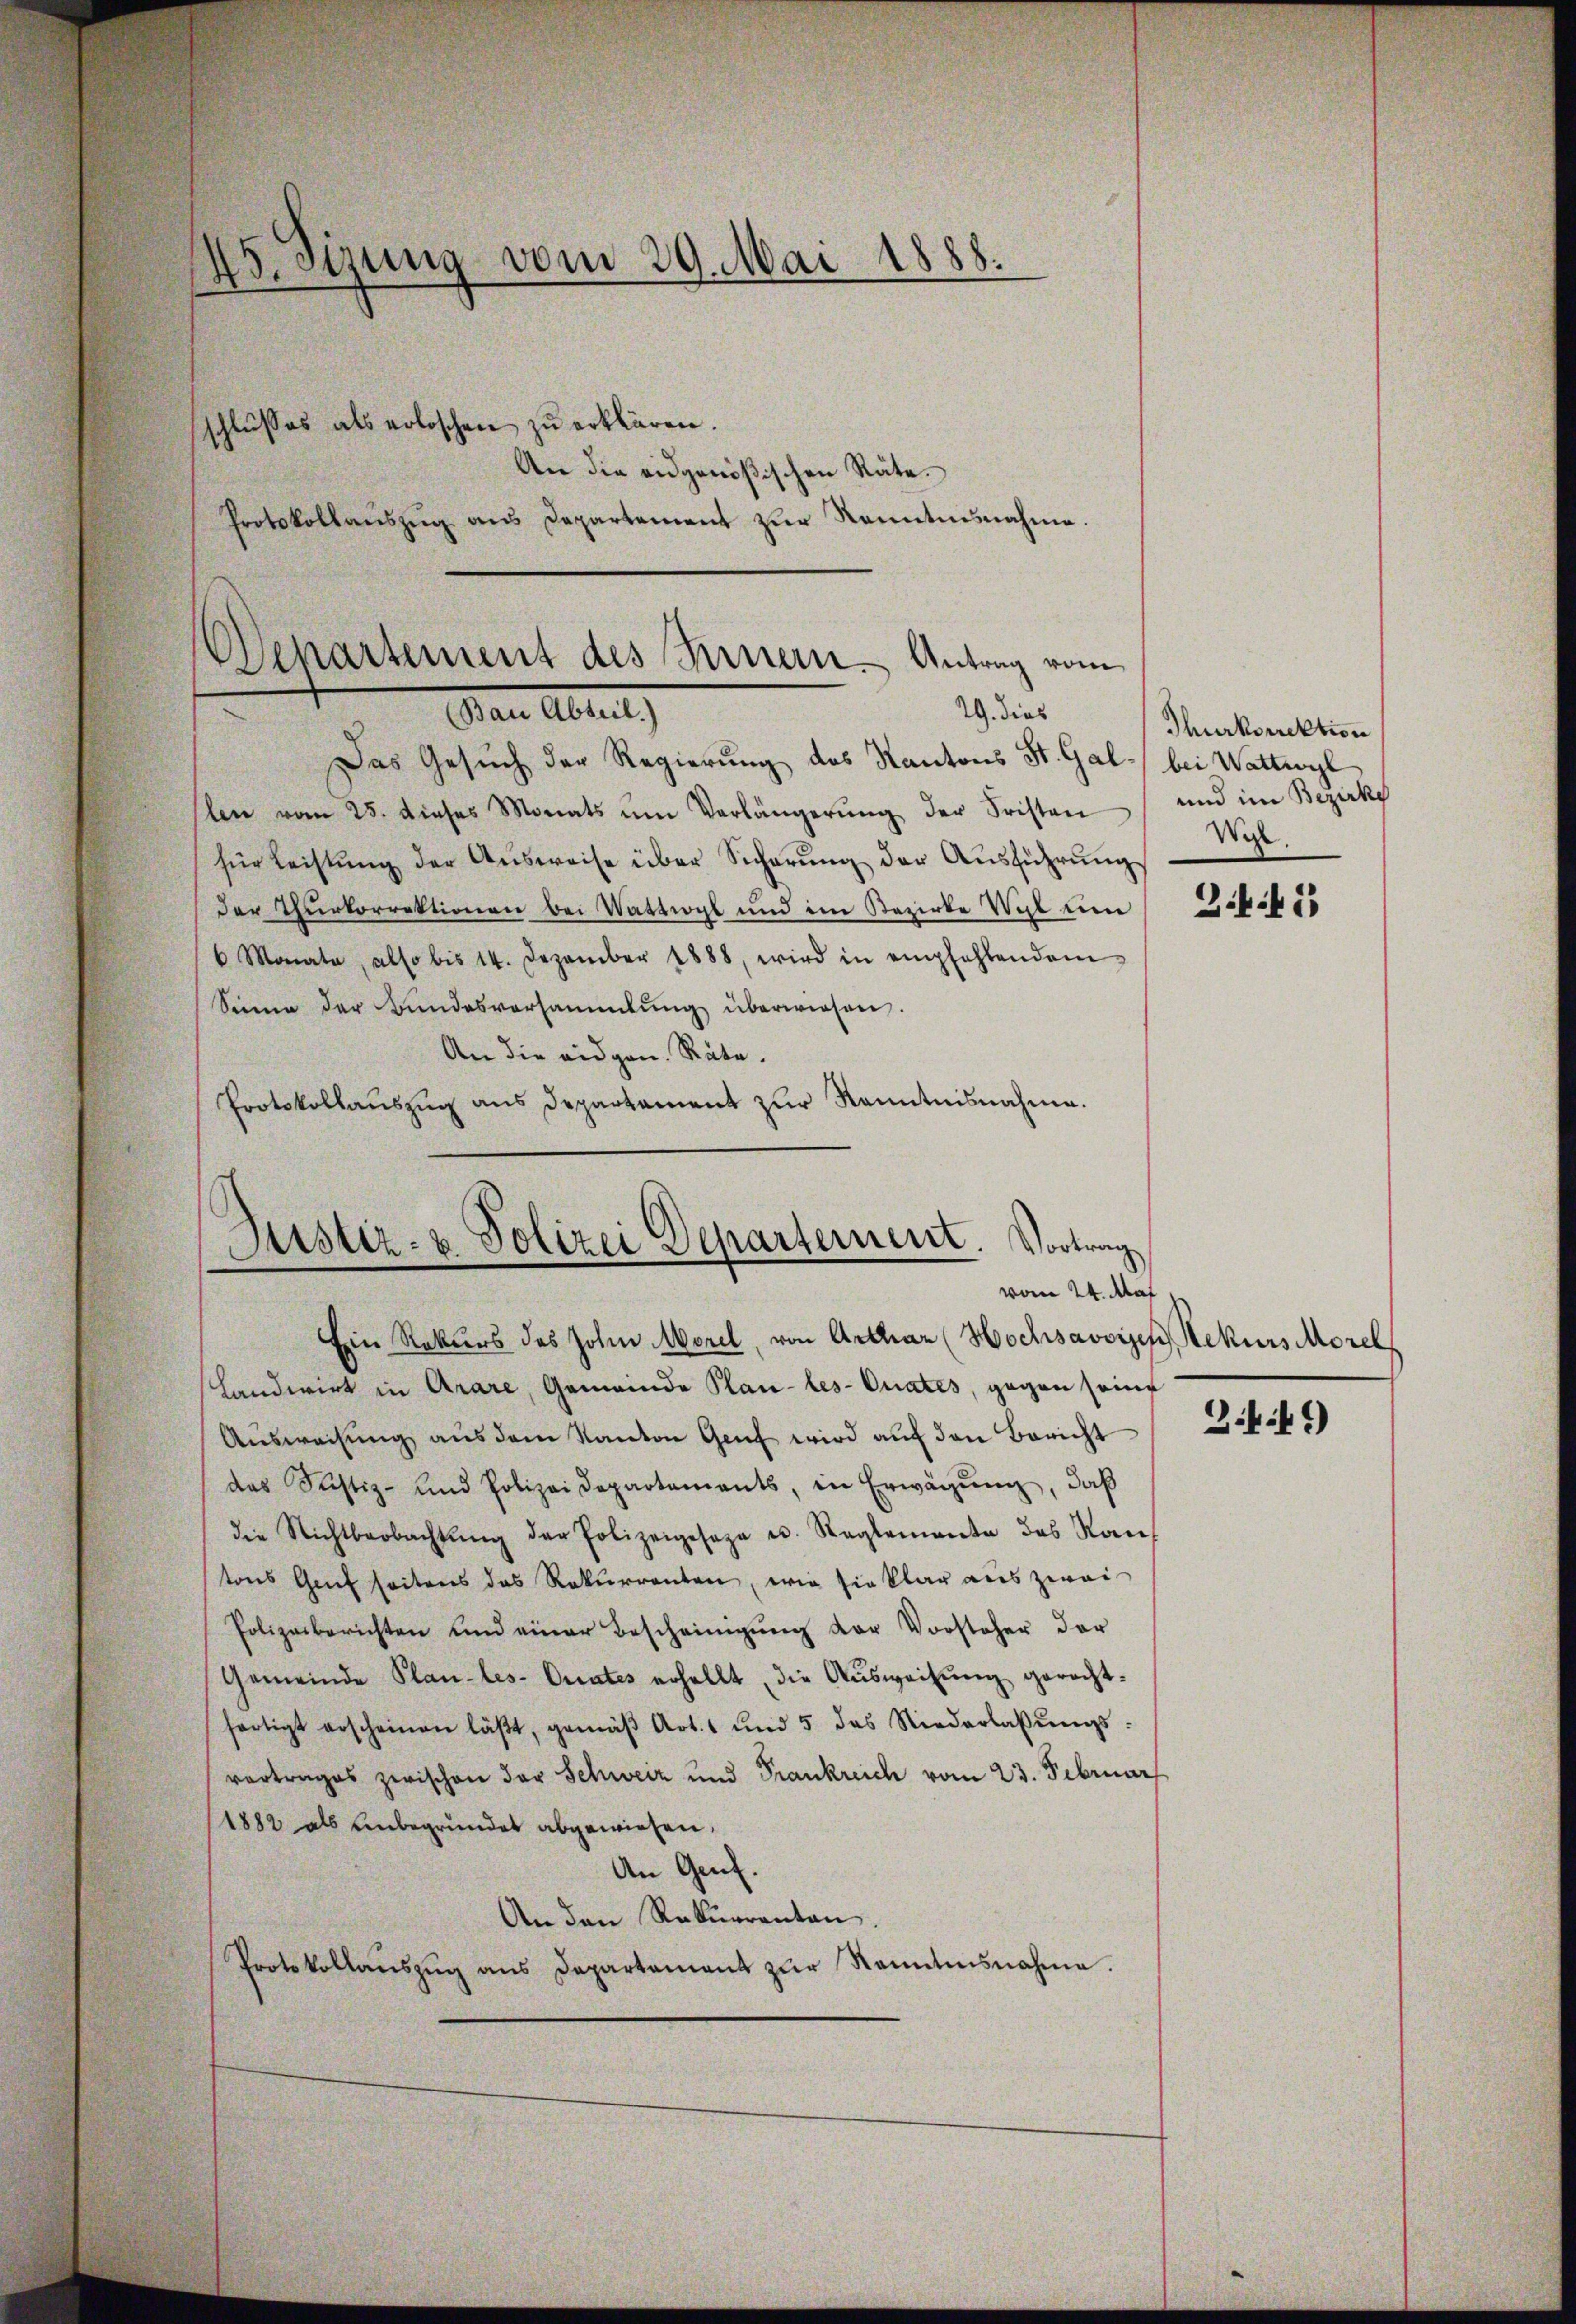
45. Sizung vom 29. Mai 1888.
schlußes als erloschen zu erklären.
An die eidgenößischen Räte.

Protokollaŭszŭg ans Departement zŭr Kenntnisnahme.

Das Gesuch der Regierung des Kantons St. Gal bei Wattwyl
slen vom 25. dieses Monats um Verlängerung der Fristen und im Bezirke
für Leistŭng der Aŭsweise über Sicherŭng der Aŭsführŭng
(der Thŭrkorrektionen bei Wattwyl und im Bezirke Wyl ŭm " Jostiftu
6 Monata, also bis 14. Dezember 1888, wird in empfehlendem
Sinne der Bundesversammlung überwiesen.
An die eidgen. Räte.
Protokollauszug aus Departament zur Kenntnisnahme.
Ein Rekurs des Johan Morel, von Arthor (Hochsavoyen, Rekurs Morel
Landwirt in Arare, Gemeinde Plan-les-Orates, gegen seinf
Aŭsweisung aus dem Kanton Genf wird auf den Bericht
das Ristiz- und Polizeidepartements, in Erwägŭng, daß
die Nichtbeobachtŭng der Polizeigeseze u. Reglemente des Kaŭf
tons Genf seitens das Rekurrenten, wie sie klar aus zwei
Polizeiberichten und einer Bescheinigung der Vorsteher der
Gemeinde Plan-les- Curates erhellt, die Aŭsweisŭng gerecht-
fertigt erscheinen läβt, gemäβ Art. 1 und 5 das Niederlassŭngs-
vortrages zwischen der Schweiz und Frankreich vom 23. Februar
1882 als unbegründet abgewiesen.
An Genf.
An den Rekurrenten.
Protokollaŭszŭg ans Departament zŭr Nanntnisnahme.

Departement des Innern Antrag vom
19. dies
(Bau Abteil)

Justiz- & Polizei Departernert. Vortrag
vom 24. Mai,

Thurkorrektion
Wist.

3.449)